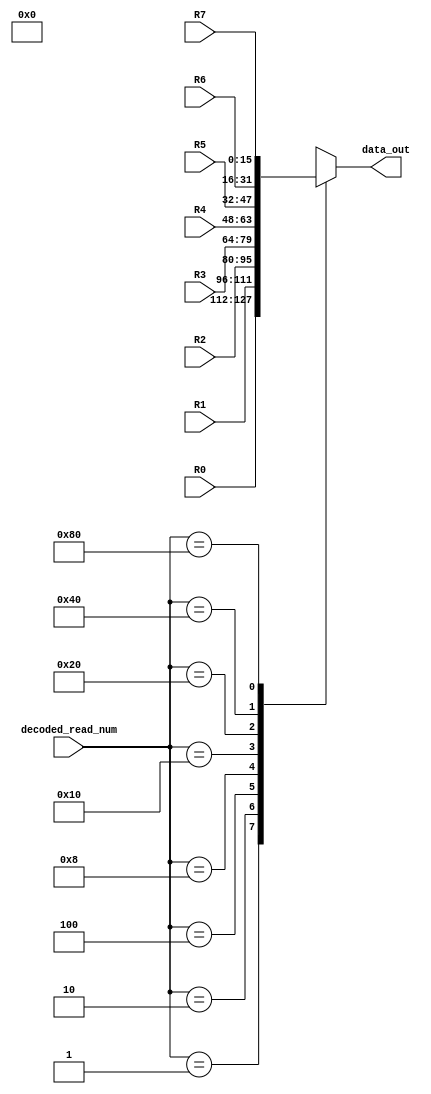
module eighttoonemux(data_out, decoded_read_num, R0,R1,R2,R3,R4,R5,R6,R7);

input [7:0]  decoded_read_num; //The eight bit selection line 

input [15:0] R0; //the eight registers
input [15:0] R1;
input [15:0] R2;
input [15:0] R3;
input [15:0] R4;
input [15:0] R5;
input [15:0] R6;
input [15:0] R7;

output reg [15:0] data_out; //16-bit output



always @ (*) 

begin 

 case (decoded_read_num) 

  8'b00000001 : data_out = R0; 

  8'b00000010 : data_out = R1; 

  8'b00000100 : data_out = R2; 

  8'b00001000 : data_out = R3; 

  8'b00010000 : data_out = R4; 

  8'b00100000 : data_out = R5; 

  8'b01000000 : data_out = R6; 

  8'b10000000 : data_out = R7; 

  

  default : data_out = 8'bxxxxxxxx; 

  

 endcase 

end  

endmodule